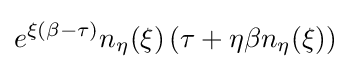
e^{\xi (\beta -\tau )}n_{\eta }(\xi )\left(\tau +\eta \beta n_{\eta }(\xi )\right)